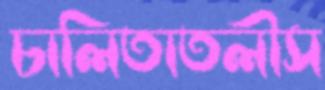
চালিতাতলীস